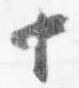
十